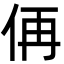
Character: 侢